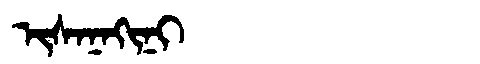
Manchu: ᡳᠰᠠᠨᠠᡴᡳᠨᡳ
Romanization: ISANAKINI